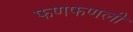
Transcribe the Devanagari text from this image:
फणफणली